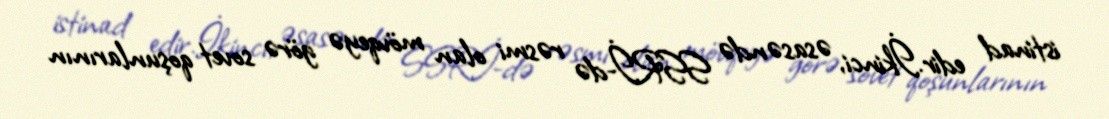
istinad edir.İkinci, əsasəndə SSRİ-də rəsmi olan mövqeyə görə sovet qoşunlarının